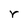
Character: r